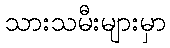
သားသမီးများမှာ